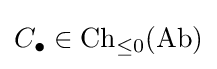
C_{\bullet }\in {\text{Ch}}_{\leq 0}({\text{Ab}})